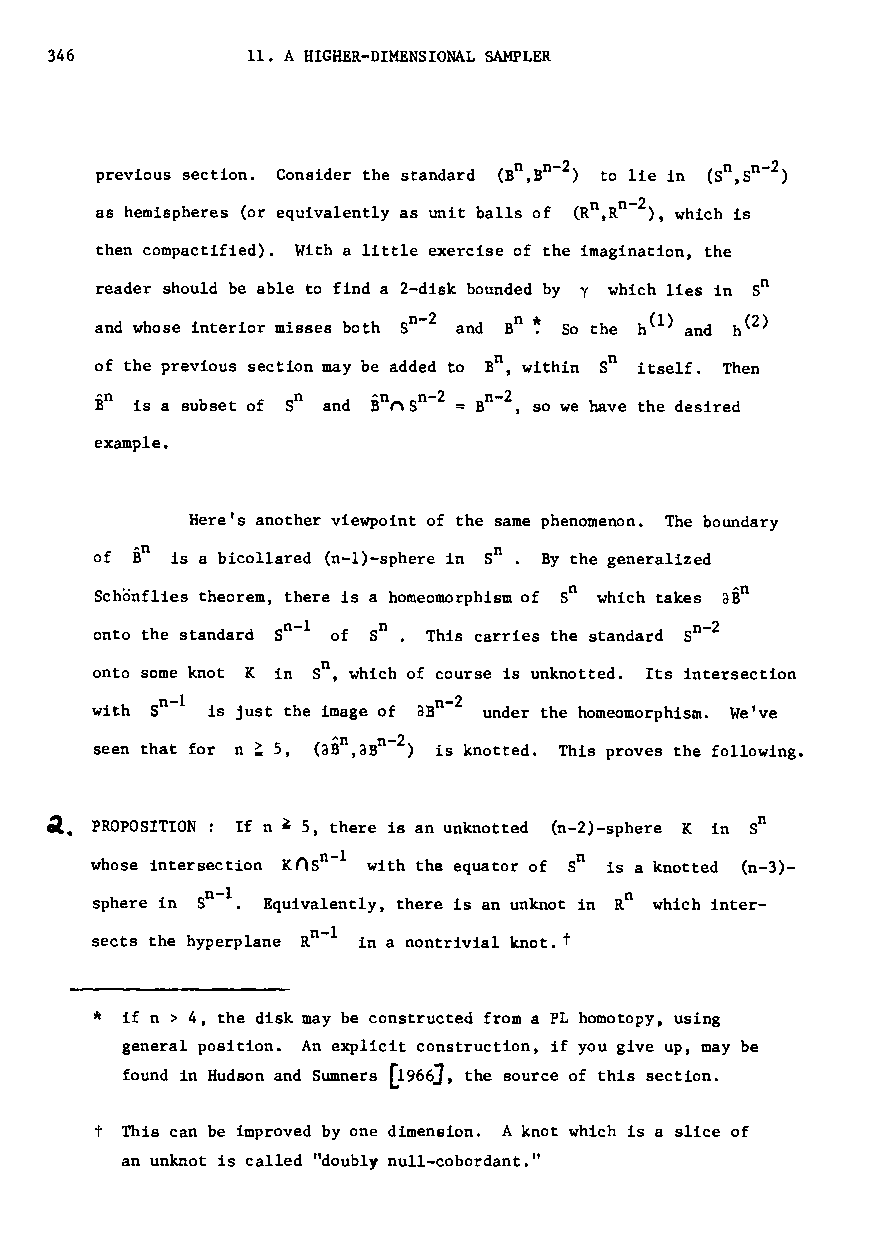
346          11. AHIGHER-DIMENSIONAL SAMPLER
 n n 2
 previous section. Consider the standard (B ,B - ) to lie in (Sn,Sn-2)
 n n-2
 as hemispheres (or equivalently as unit balls of (R ,R ), which is
 then compactified). With a little exercise of the imagination, the
 reader should be able to find a 2-disk bounded by y which lies in Sn
 and whose interior misses both Sn-2 and
 Bn ~
 So the h(l) and h(2)
 of the previous section may be added to BU , within Sn itself. Then
 Bn is a subset of Sn and BOnSn -2 = Bn -2 , so we have the d~sired
 example.
 Here's another viewpoint of the same phenomenon. The boundary
 n
 of B is a bicollared (n-I)-sphere in So. By the generalized
 Schonflies theorem, there is a homeomorphism of Sn which takes
 aBn
 onto the standard 50 -1 of Sn. This carries the standard Sn-2
 onto some knot K in sn, which of course is unknotted. Its intersection
 with 50 -1 is just the image of aBn -2 under the homeomorphism. We've
 seen that for n ~ 5, (aBn,aBn -2 ) is knotted. This proves the following.
 ~. PROPOSITION: If n ~ 5, there is an unknotted (n-2)-sphere K in Sn
 n 1
 whose intersection KnS - with the equator of Sn is a knotted (n-3)-
 n-l                        n
 sphere in S . Equivalently, there is an unknot in R which inter-
 n l
 sects the hyperplane R - in a nontrivial knot. t
 *
 if n > 4, the disk may be constructed from a PL homotopy, using
 general position. An explicit construction, if you give up, may be
 found in Hudson and Sumners [1966], the source of this section.
 t This can be improved by one dimension. A knot which is a slice of
 an unknot is called "doubly null-cobordant."